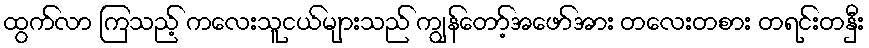
ထွက်လာ ကြသည့် ကလေးသူငယ်များသည် ကျွန်တော့်အဖော်အား တလေးတစား တရင်းတနှီး